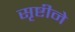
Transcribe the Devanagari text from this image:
सृष्टीने